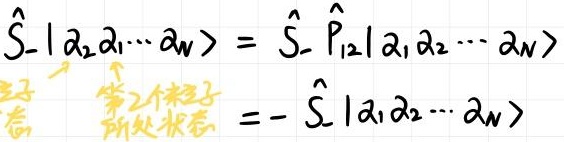
\[
\begin{align*}
\hat{S}_{-}|\alpha_2\alpha_1\cdots\alpha_N\rangle&=\hat{S}_{-}\hat{P}_{12}|\alpha_1\alpha_2\cdots\alpha_N\rangle\\
&=-\hat{S}_{-}|\alpha_1\alpha_2\cdots\alpha_N\rangle
\end{align*}
\]